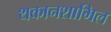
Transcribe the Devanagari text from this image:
थकानशामिल